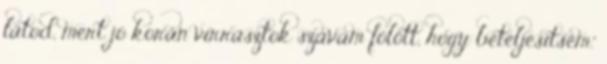
látod, mert jó korán virrasztok szavam fölött, hogy beteljesítsem.”